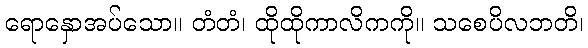
ရောနှောအပ်သော။ တံတံ၊ ထိုထိုကာလိကကို။ သစေပိလဘတိ၊